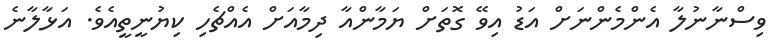
ވިސްނާނުލާ އެންމެންނަށް އަޑު އިވޭ ގޮތަށް ޔަމާންއާ ދިމާއަށް އެއްޗެހި ކިޔުނީތީއެވެ. އަޅާލާނެ